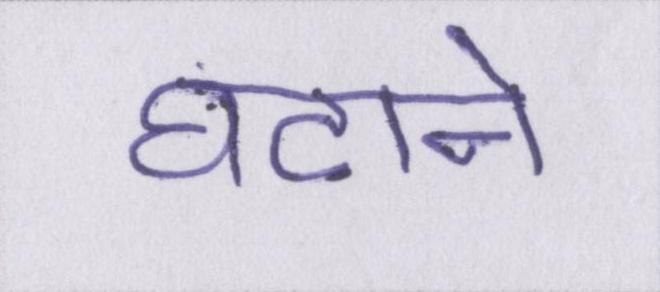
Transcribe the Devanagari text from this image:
घटाने